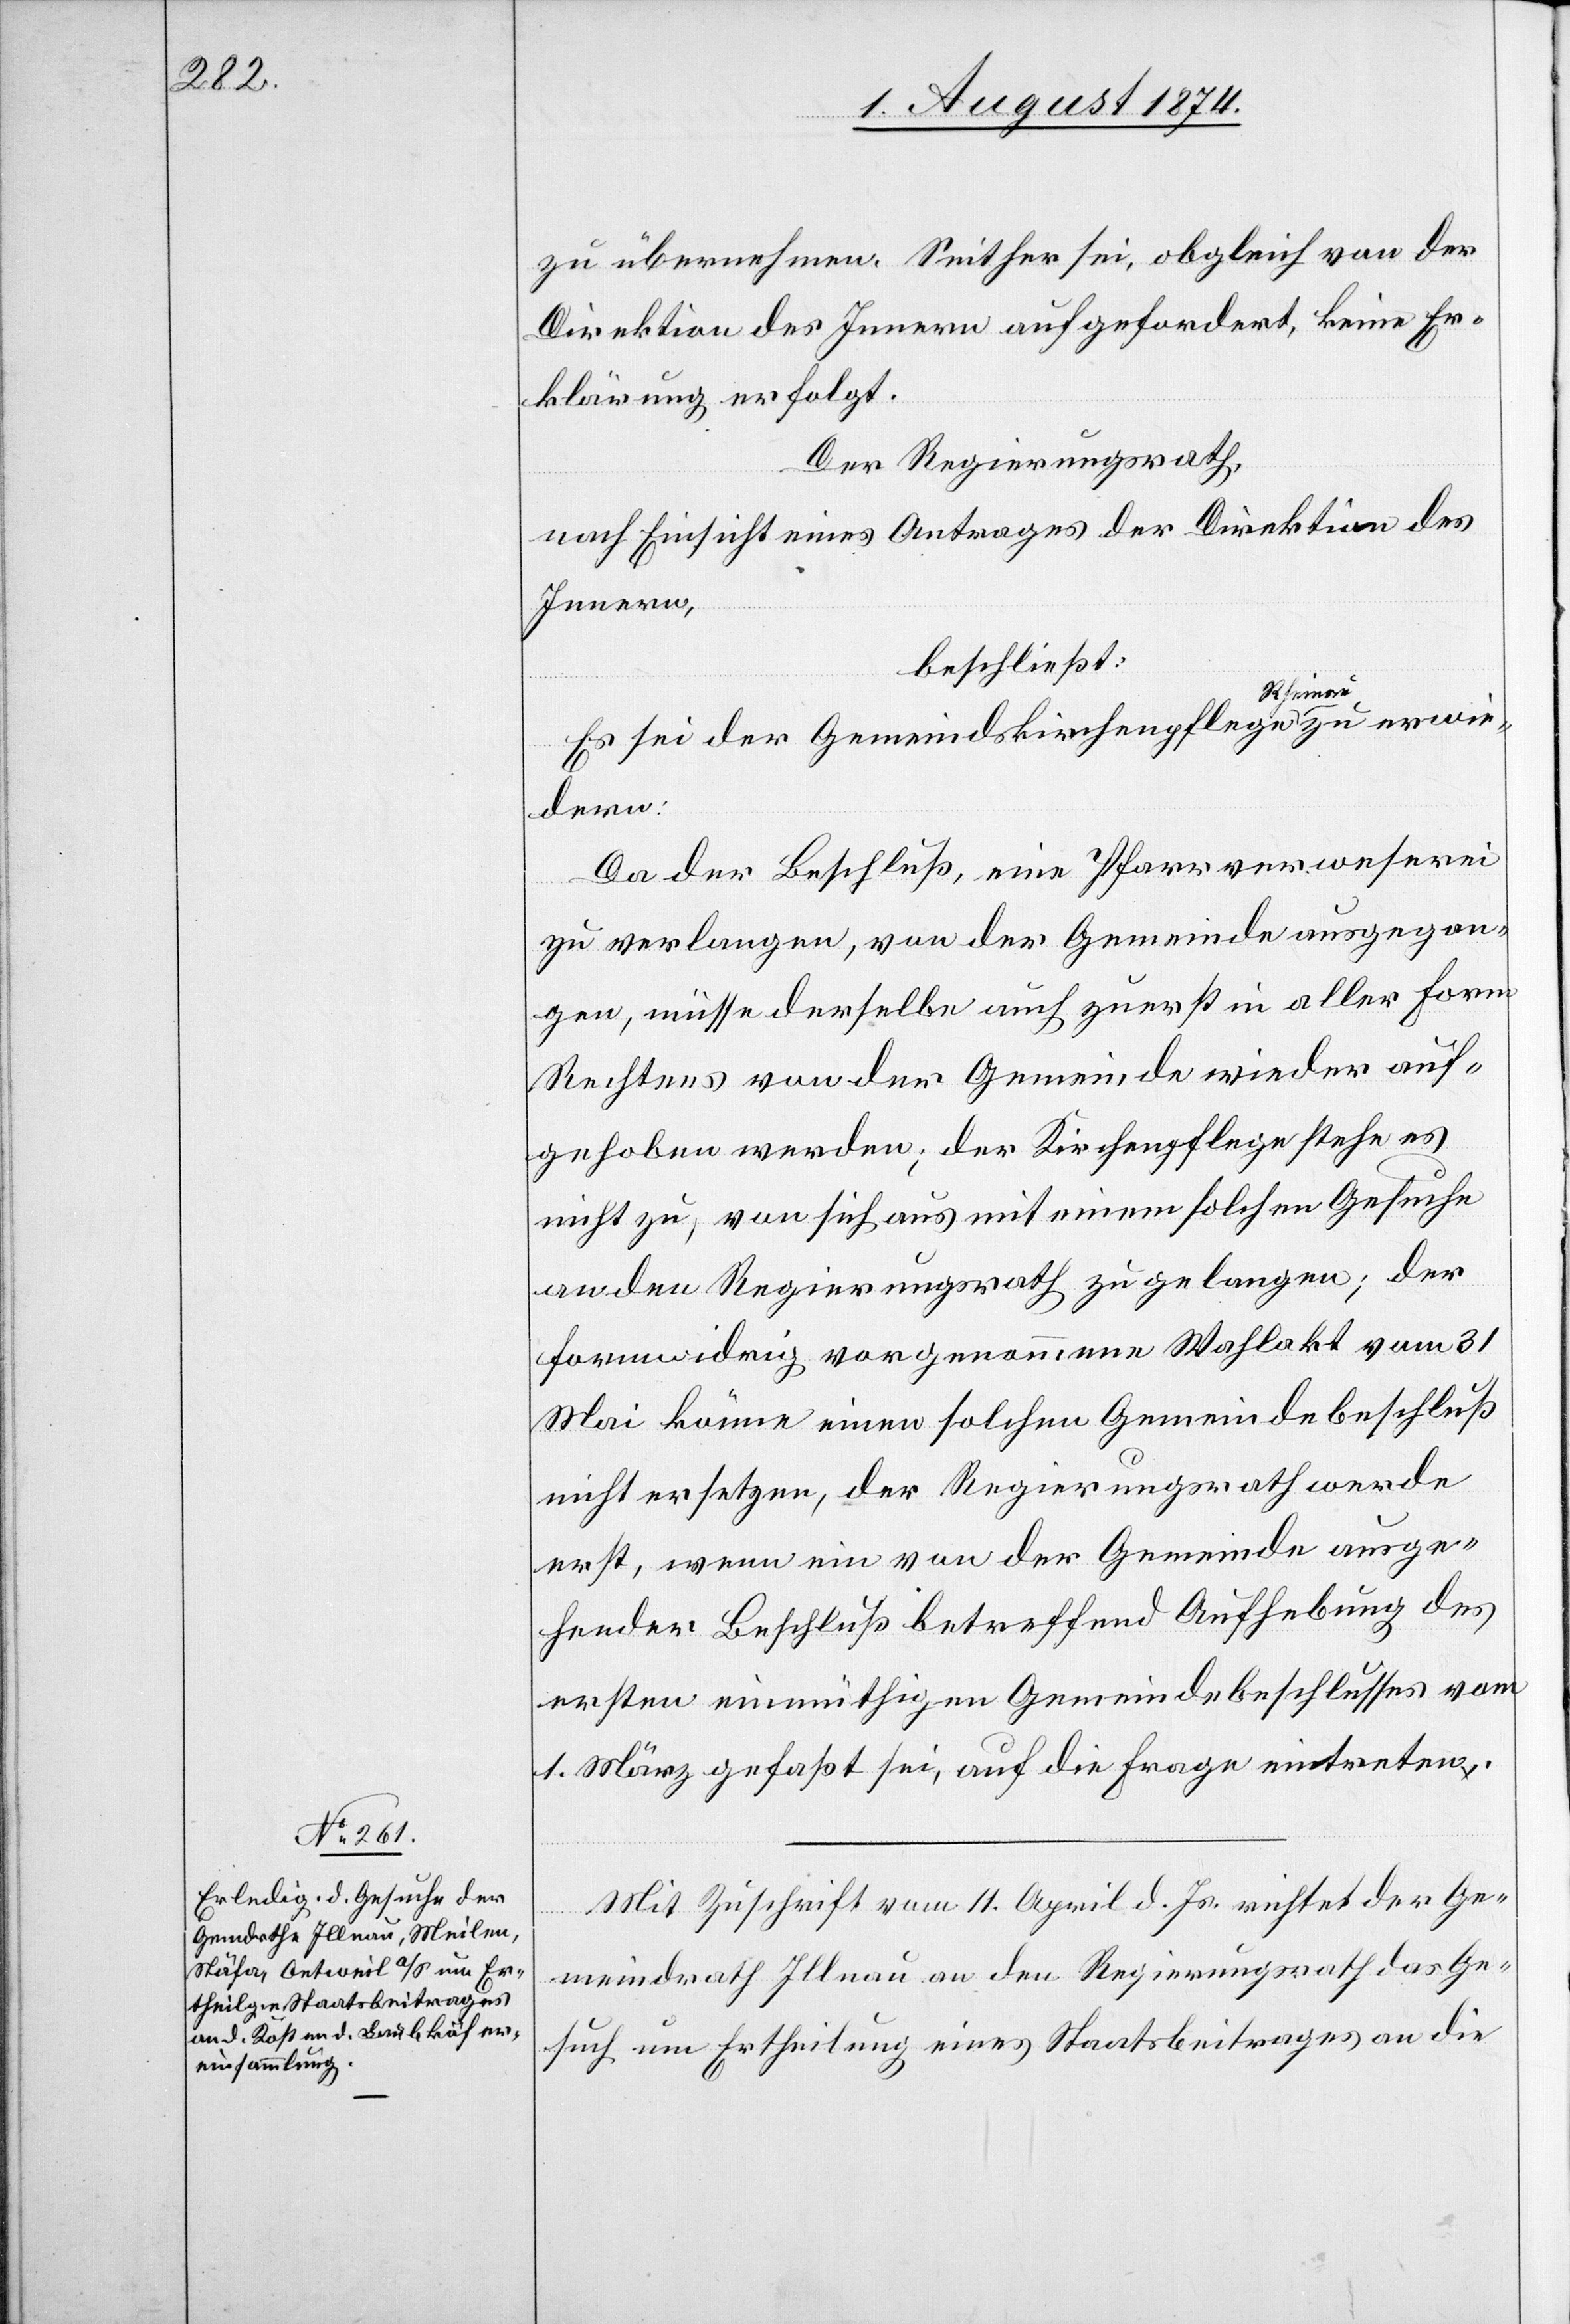
zu übernehmen. Seither sei, obgleich von der
Direktion des Innern aufgefordert, keine Er¬
klärung erfolgt.
Der Regierungsrath,
nach Einsicht eines Antrages der Direktion des
Innern,
beschließt:
Es sei der Gemeindskirchenpflege Rheinau zu erwie¬
dern:
Da der Beschluß, eine Pfarrverweserei
zu verlangen, von der Gemeinde ausgegan¬
gen, müsse derselbe auch zuerst in aller Form
Rechtens von der Gemeinde wieder auf¬
gehoben werden; der Kirchenpflege stehe es
nicht zu, von sich aus mit einem solchen Gesuche
an den Regierungsrath zu gelangen; der
formwidrig vorgenommene Wahlakt vom 31.
Mai könne einen solchen Gemeindebeschluß
nicht ersetzen, der Regierungsrath werde
erst, wenn ein von der Gemeinde ausge¬
hender Beschluß betreffend Aufhebung des
ersten einmüthigen Gemeindebeschlusses vom
1. März gefaßt sei, auf die Frage eintreten.
Mit Zuschrift vom 11. April d. Js. richtet der Ge¬
meindrath Illnau an den Regierungsrath das Ge¬
such um Ertheilung eines Staatsbeitrages an die